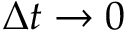
\Delta t \rightarrow 0